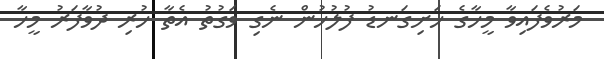
މަރުވެފައިވާ މީހާގެ ހަށިގަނޑު ފުލުހުން ނެގި ވަގުތު އެތާ ހުރި ދުވާފަރު މީހާ